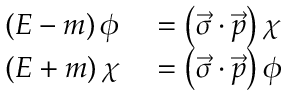
\begin{array} { r l } { \left( E - m \right) \phi } & { { } = \left( { \vec { \sigma } } \cdot { \vec { p } } \right) \chi } \\ { \left( E + m \right) \chi } & { { } = \left( { \vec { \sigma } } \cdot { \vec { p } } \right) \phi } \end{array}